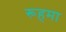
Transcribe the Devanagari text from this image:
रूहमा